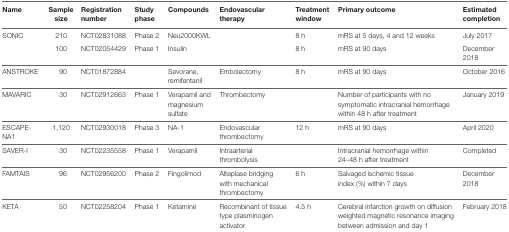
<table><thead><tr><td><b>Name</b></td><td><b>Sample size</b></td><td><b>Registration number</b></td><td><b>Study phase</b></td><td><b>Compounds</b></td><td><b>Endovascular therapy</b></td><td><b>Treatment window</b></td><td><b>Primary outcome</b></td><td><b>Estimated completion</b></td></tr></thead><tbody><tr><td rowspan="2">SONIC</td><td>210</td><td>NCT02831088</td><td>Phase 2</td><td>Neu2000KWL</td><td></td><td>8 h</td><td>mRS at 5 days, 4 and 12 weeks</td><td>July 2017</td></tr><tr><td>100</td><td>NCT02054429</td><td>Phase 1</td><td>Insulin</td><td></td><td>8 h</td><td>mRS at 90 days</td><td>December 2018</td></tr><tr><td>ANSTROKE</td><td>90</td><td>NCT01872884</td><td></td><td>Sevorane, remifentanil</td><td>Embolectomy</td><td>8 h</td><td>mRS at 90 days</td><td>October 2016</td></tr><tr><td>MAVARIC</td><td>30</td><td>NCT02912663</td><td>Phase 1</td><td>Verapamil and magnesium sulfate</td><td>Thrombectomy</td><td></td><td>Number of participants with no symptomatic intracranial hemorrhage within 48 h after treatment</td><td>January 2019</td></tr><tr><td>ESCAPE-NA1</td><td>1,120</td><td>NCT02930018</td><td>Phase 3</td><td>NA-1</td><td>Endovascular thrombectomy</td><td>12 h</td><td>mRS at 90 days</td><td>April 2020</td></tr><tr><td>SAVER-I</td><td>30</td><td>NCT02235558</td><td>Phase 1</td><td>Verapamil</td><td>Intraarterial thrombolysis</td><td></td><td>Intracranial hemorrhage within 24–48 h after treatment</td><td>Completed</td></tr><tr><td>FAMTAIS</td><td>96</td><td>NCT02956200</td><td>Phase 2</td><td>Fingolimod</td><td>Alteplase bridging with mechanical thrombectomy</td><td>6 h</td><td>Salvaged ischemic tissue index (%) within 7 days</td><td>December 2018</td></tr><tr><td>KETA</td><td>50</td><td>NCT02258204</td><td>Phase 1</td><td>Ketamine</td><td>Recombinant of tissue type plasminogen activator</td><td>4.5 h</td><td>Cerebral infarction growth on diffusion weighted magnetic resonance imaging between admission and day 1</td><td>February 2018</td></tr></tbody></table>